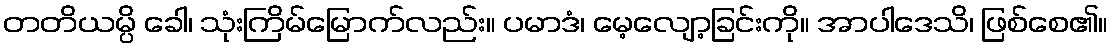
တတိယမ္ပိ ခေါ၊ သုံးကြိမ်မြောက်လည်း။ ပမာဒံ၊ မေ့လျော့ခြင်းကို။ အာပါဒေသိ၊ ဖြစ်စေ၏။